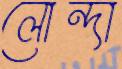
লোন্দা